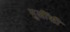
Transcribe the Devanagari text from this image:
मुलींशी